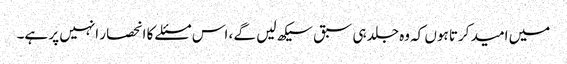
میں امید کرتا ہوں کہ وه جلد ہی سبق سیکھ لیں گے ، اس مسئلے کا انحصار انہیں پر ہے۔